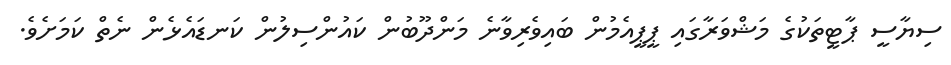
ސިޔާސީ ޕާޓީތަކުގެ މަޝްވަރާގައި ޕީޕީއެމުން ބައިވެރިވާނެ މަންދޫބުން ކައުންސިލުން ކަނޑައެޅެން ނެތް ކަމަށެވެ.